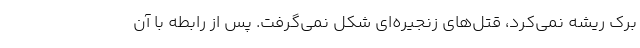
برک ریشه نمی‌کرد، قتل‌های زنجیره‌ای شکل نمی‌گرفت. پس از رابطه با آن